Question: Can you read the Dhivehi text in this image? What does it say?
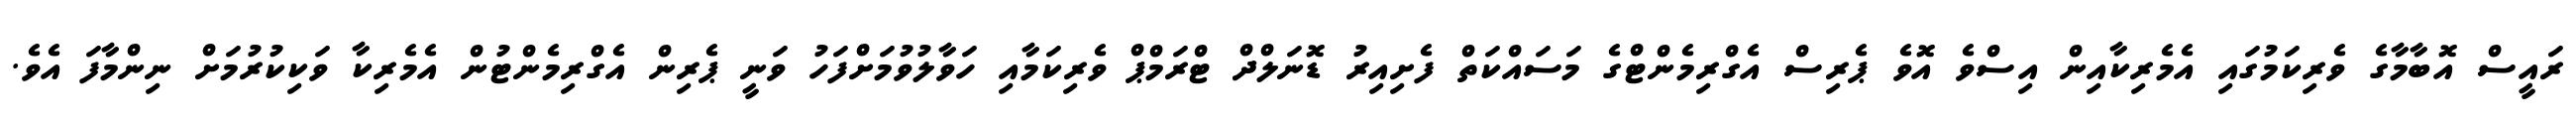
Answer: ރައީސް އޮބާމާގެ ވެރިކަމުގައި އެމެރިކާއިން އިސްވެ އޮވެ ޕެރިސް އެގްރިމެންޓްގެ މަސައްކަތް ފެށިއިރު ޑޮނަލްދް ޓްރަމްޕް ވެރިކަމާއި ހަވާލުވުމަށްފަހު ވަނީ ޕެރިން އެގްރިމެންޓުން އެމެރިކާ ވަކިކުރުމަށް ނިންމާފަ އެވެ.